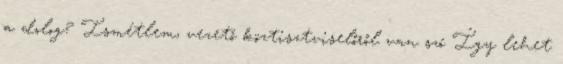
a dolog? Ismétlem, vezető köztisztviselőről van szó Így lehet